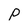
Character: p